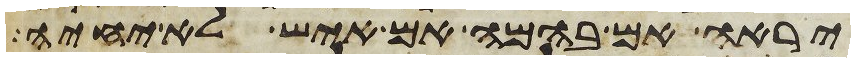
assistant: יראה אם בהמה אם איש לא יחיה